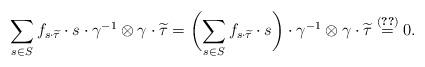
LaTeX: \begin{align*}\sum_{s \in S}{f_{s \cdot \widetilde{\tau}}\cdot s \cdot \gamma^{-1} \otimes \gamma \cdot \widetilde{\tau}}&=\biggl(\sum_{s \in S} f_{s \cdot \widetilde{\tau}}\cdot s\biggr) \cdot \gamma^{-1}\otimes \gamma \cdot \widetilde{\tau} \stackrel{(\ref{eq:liftofzero})}{=}0.\end{align*}